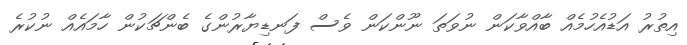
އިތުރު އަޑުއެހުމެއް ބާއްވާކަން ނުވަތަ ނޫންކަން ވެސް ފަނޑިޔާރުންގެ ބެންޗަކުން ހާމައެއް ނުކުރެ